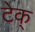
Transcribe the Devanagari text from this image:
टेक्